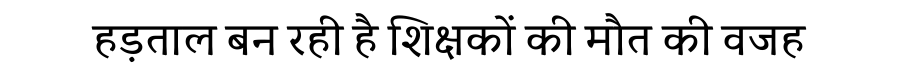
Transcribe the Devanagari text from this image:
हड़ताल बन रही है शिक्षकों की मौत की वजह